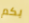
بكم